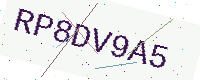
Text: RP8DV9A5